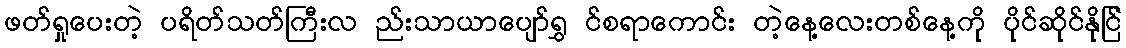
ဖတ်ရှုပေးတဲ့ ပရိတ်သတ်ကြီးလ ည်းသာယာပျော်ရွှ င်စရာကောင်း တဲ့နေ့လေးတစ်နေ့ကို ပိုင်ဆိုင်နိုင်ြ